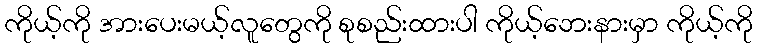
ကိုယ့်ကို အားပေးမယ့်လူတွေကို စုစည်းထားပါ ကိုယ့်ဘေးနားမှာ ကိုယ့်ကို